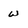
Character: W